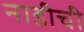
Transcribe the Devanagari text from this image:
नाडीची